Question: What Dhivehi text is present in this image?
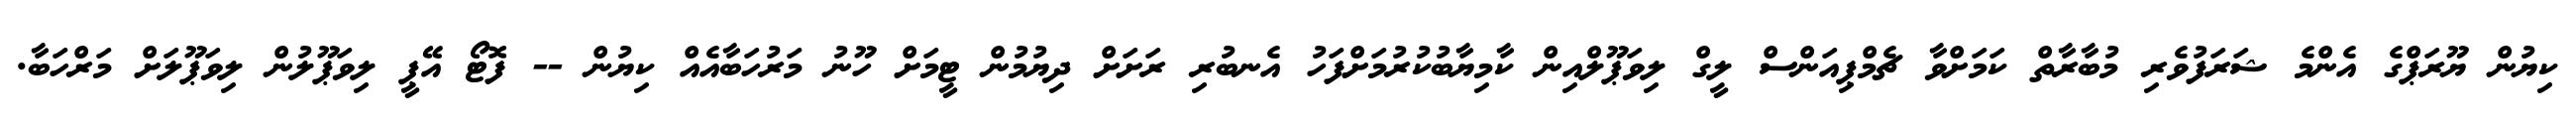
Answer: ކިޔުން ޔޫރަޕްގެ އެންމެ ޝަރަފުވެރި މުބާރާތް ކަމަށްވާ ޗެމްޕިއަންސް ލީގް ލިވަޕޫލްއިން ކާމިޔާބުކުރުމަށްފަހު އެނބުރި ރަށަށް ދިޔުމުން ޓީމަށް ހޫނު މަރުހަބާއެއް ކިޔުން -- ފޮޓޯ އޭޕީ ލިވަޕޫލުން ލިވަޕޫލަށް މަރްހަބާ.